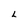
Character: 6